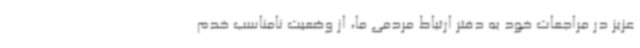
عزیز در مراجعات خود به دفتر ارتباط مردمی ما، از وضعیت نامناسب خدم